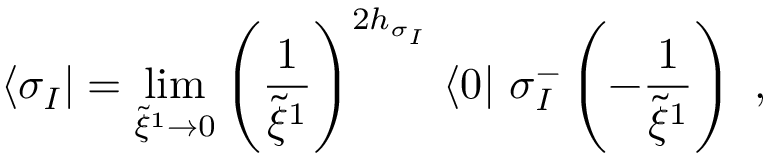
\langle \sigma _ { I } | = \operatorname * { l i m } _ { \widetilde { \xi } ^ { 1 } \rightarrow 0 } \left( \frac { 1 } { \widetilde { \xi } ^ { 1 } } \right) ^ { 2 h _ { \sigma _ { I } } } \, \langle 0 | ~ \sigma _ { I } ^ { - } \left( - \frac { 1 } { \widetilde { \xi } ^ { 1 } } \right) ~ ,